Medical and sanitary report of the native army of Madras for the year
Year: 1878
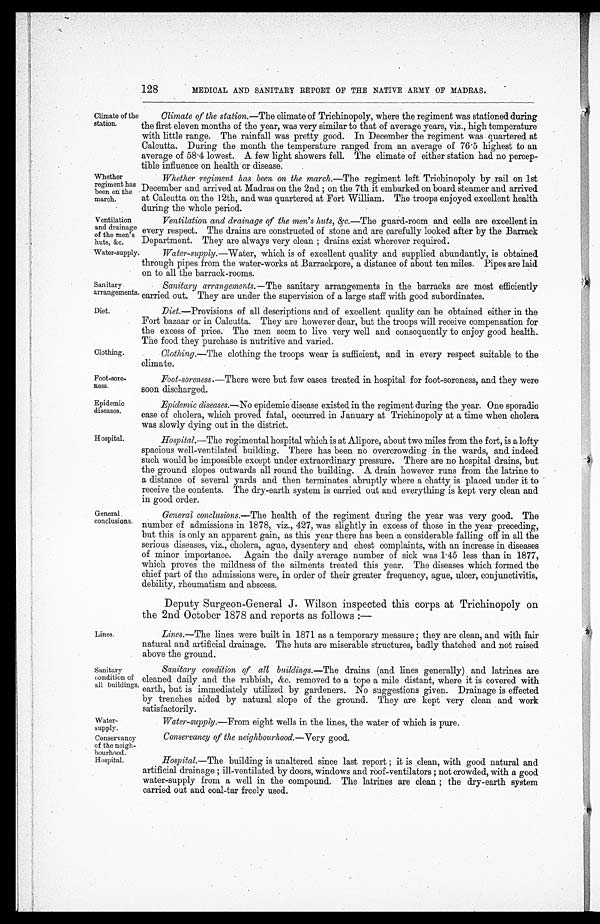
Ventilation
and drainage
of the men's
huts, &c.
Water-supply.
Sanitary
arrangements.
Diet.
Clothing.
Foot-sore-
ness.
Epidemic
diseases.
Hospital.
128
MEDICAL AND SANITARY REPORT OF THE NATIVE ARMY OF MADRAS.
Climate of the
station.
Whether
regiment has
been on the
march.
Climate of the station.— The climate of Trichinopoly, where the regiment was stationed during
the first eleven months of the year, was very similar to that of average years, viz., high temperature
with little range. The rainfall was pretty good. In December the regiment was quartered at
Calcutta. During the month the temperature ranged from an average of 76.5 highest to an
average of 58.4 lowest. A few light showers fell. The climate of either station had no percep
-
tible influence on health or disease.
Whether regiment has been on the march.—The regiment left Trichinopoly by rail on 1st
December and arrived at Madras on the 2nd ; on the 7th it embarked on board steamer and arrived
at Calcutta on the 12th, and was quartered at Fort William. The troops enjoyed excellent health
during the whole period.
General.
conclusions.
Lines.
Ventilation and drainage of the men's huts, &c.— The guard-room and cells are excellent in
every respect. The drains are constructed of stone and are carefully looked after by the Barrack
Department. They are always very clean ; drains exist wherever required.
Water-supply.—Water, which is of excellent quality and supplied abundantly, is obtained
through pipes from the water-works at Barrackpore, a distance of about ten miles. Pipes are laid
on to all the barrack-rooms.
Sanitary arrangements.— The sanitary arrangements in the barracks are most efficiently
carried out. They are under the supervision of a large staff with good subordinates.
Diet .—Provisions of all descriptions and of excellent quality can be obtained either in the
Fort bazaar or in Calcutta. They are however dear, but the troops will receive compensation for
the excess of price. The men seem to live very well and consequently to enjoy good health.
The food they purchase is nutritive and varied.
Clothing.— The clothing the troops wear is sufficient, and in every respect suitable to the
climate.
Foot-soreness.— There were but few cases treated in hospital for foot-soreness, and they were
soon discharged.
Epidemic diseases.— No epidemic disease existed in the regiment during the year. One sporadic
case of cholera, which proved fatal, occurred in January at Trichinopoly at a time when cholera
was slowly dying out in the district.
Hospital.—The regimental hospital which is at Alipore, about two miles from the fort, is a lofty
spacious well-ventilated building. There has been no overcrowding in the wards, and indeed
such would be impossible except under extraordinary pressure. There are no hospital drains, but
the ground slopes outwards all round the building. A drain however runs from the latrine to
a distance of several yards and then terminates abruptly where a chatty . is placed under it to
receive the contents. The dry-earth system is carried out and everything is kept very clean and
in good order.
General conclusions.— The health of the regiment during the year was very good. The
number of admissions in 1878, viz., 427, was slightly in excess of those in the year preceding,
but this is only an apparent gain, as this year there has been a considerable falling off in all the
serious diseases, viz., cholera, ague, dysentery and chest complaints, with an increase in diseases
of minor importance. Again the daily average number of sick was 1.45 less than in 1877,
which proves the mildness of the ailments treated this year. The diseases which formed the
chief part of the admissions were, in order of their greater frequency, ague, ulcer, conjunctivitis,
debility, rheumatism and abscess.
Deputy Surgeon-General J. Wilson inspected this corps at Trichinopoly on
the 2nd October 1878 and reports as follows :—
Lines.— The lines were built in 1871 as a temporary measure ; they are clean, and with fair
natural and artificial drainage. The huts are miserable structures, badly thatched and not raised
above the ground.
Sanitary
condition of
all buildings.
Water-
supply.
Conservancy
of the neigh-
bourhood.
Hospital.
Sanitary condition of all buildings.— The drains (and lines generally) and latrines are
cleaned daily and the rubbish, &c. removed to a tope a mile distant, where it is covered with
earth, but is immediately utilized by gardeners. No suggestions given. Drainage is effected
by trenches aided by natural slope of the ground. They are kept very clean and work
satisfactorily.
Water-supply.—From eight wells in the lines, the water of which is pure.
Conservancy of the neighbourhood.—Very good.
Hospital.— The building is unaltered since last report ; it is clean, with good natural and
artificial drainage ; ill-ventilated by doors, windows and roof-ventilators ; not crowded, with a good
water-supply from a well in the compound. The latrines are clean ; the dry-earth system
carried out and coal-tar freely used.